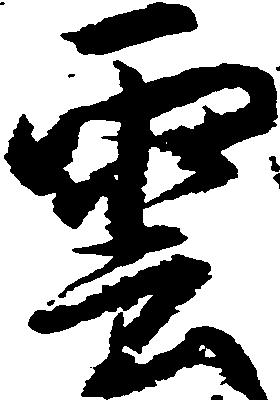
雲